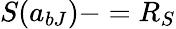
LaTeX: S(a_{bJ})-=R_{S}